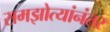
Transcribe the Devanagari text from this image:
समझोत्यांनंतर